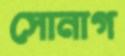
সোনাগ